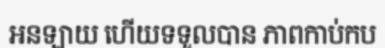
អនឡាយ ហើយទទួលបាន ភាពកាប់កប